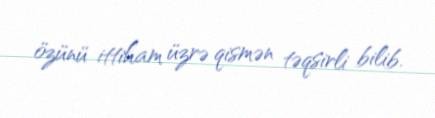
özünü ittiham üzrə qismən təqsirli bilib.